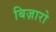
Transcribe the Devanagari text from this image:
बिज़ारो